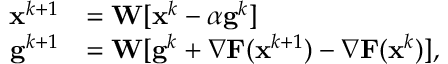
\begin{array} { r l } { { \mathbf { x } } ^ { k + 1 } } & { = { \mathbf { W } } [ { \mathbf { x } } ^ { k } - \alpha { \mathbf { g } } ^ { k } ] } \\ { { \mathbf { g } } ^ { k + 1 } } & { = { \mathbf { W } } [ { \mathbf { g } } ^ { k } + { \nabla } \mathbf { F } ( \mathbf { x } ^ { k + 1 } ) - { \nabla } \mathbf { F } ( \mathbf { x } ^ { k } ) ] , } \end{array}